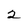
Character: 2